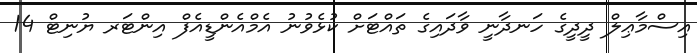
އިސްމާޢިލް ދީދީގެ ހަނދާނީ ވާދައިގެ ތައްޓަށް ކުޅެވުނު އެމްއެންޑީއެފް އިންޓަރ ޔުނިޓް 14